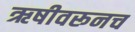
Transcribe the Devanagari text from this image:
ऋषीवरूनच